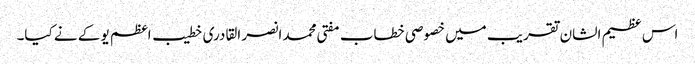
اس عظیم الشان تقریب میں خصوصی خطاب مفتی محمد انصر القادری خطیب اعظم یو کے نے کیا۔